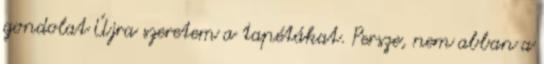
gondolat Újra szeretem a tapétákat. Persze, nem abban a